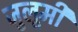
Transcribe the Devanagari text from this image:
जुलूमी